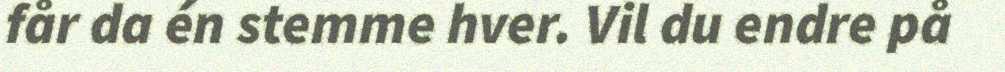
får da én stemme hver. Vil du endre på